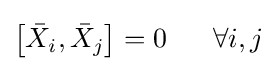
\left[{\bar {X}}_{i},{\bar {X}}_{j}\right]=0\ \ \ \ \ \forall i,j